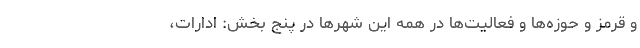
و قرمز و حوزه‌ها و فعالیت‌ها در همه این شهرها در پنج بخش: ادارات،